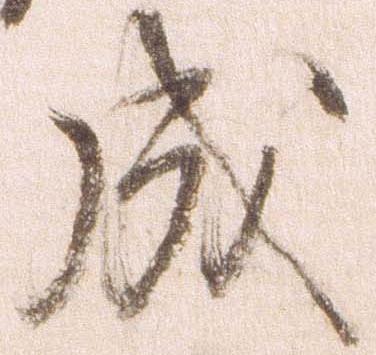
成